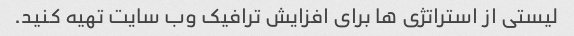
لیستی از استراتژی ها برای افزایش ترافیک وب سایت تهیه کنید.